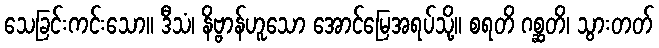
သေခြင်းကင်းသော။ ဒီသံ၊ နိဗ္ဗာန်ဟူသော အောင်မြေအရပ်သို့။ စရတိ ဂစ္ဆတိ၊ သွားတတ်